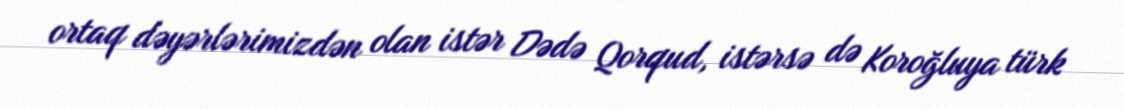
ortaq dəyərlərimizdən olan istər Dədə Qorqud, istərsə də Koroğluya türk